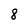
Character: 8